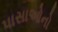
પાસાઓનો